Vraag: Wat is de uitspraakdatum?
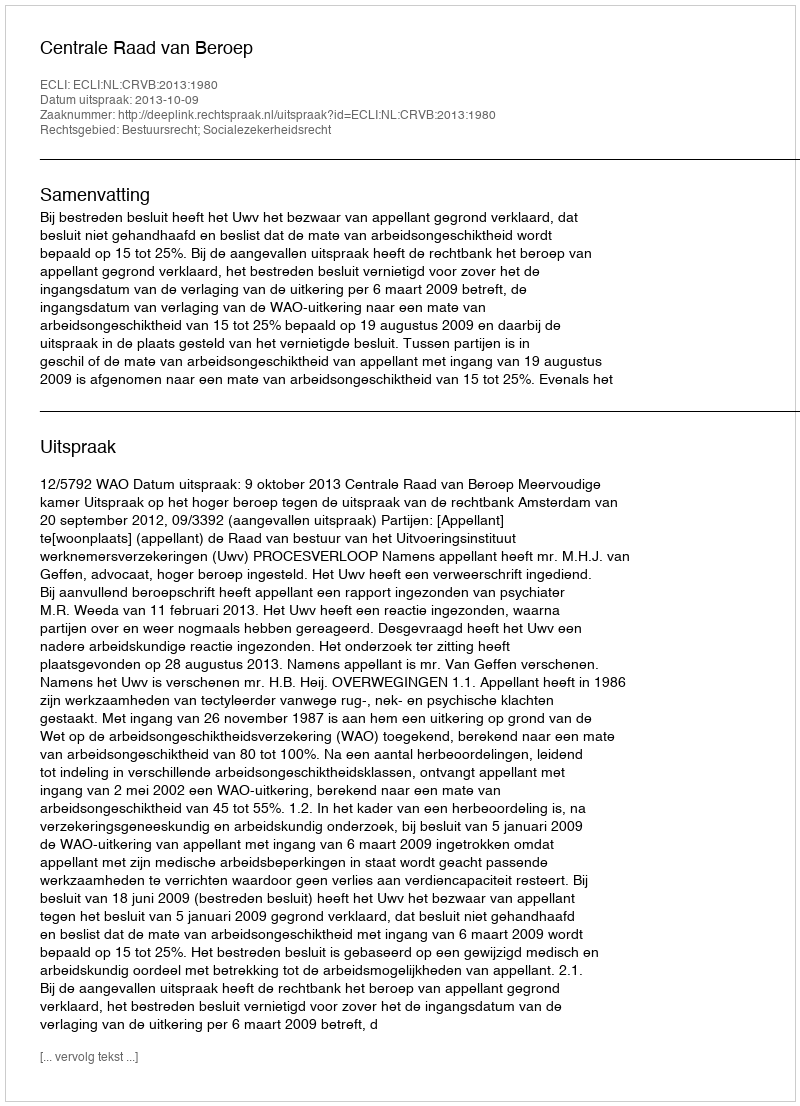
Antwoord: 2013-10-09